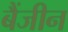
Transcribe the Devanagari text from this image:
बैंजीन